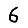
Digit: 6